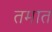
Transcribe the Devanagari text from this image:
तमात